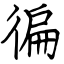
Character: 徧